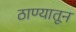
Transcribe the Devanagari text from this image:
ठाण्यातून